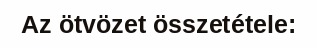
Az ötvözet összetétele: